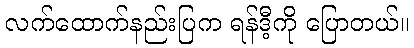
လက်ထောက်နည်းပြက ရန်ဒီ့ကို ပြောတယ်။